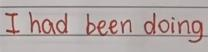
I had been doing